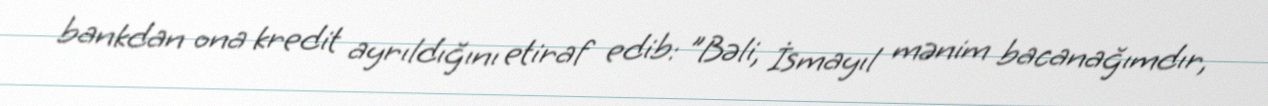
bankdan ona kredit ayrıldığını etiraf edib: "Bəli, İsmayıl mənim bacanağımdır,